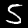
Digit: 5